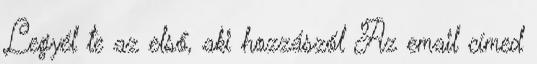
Legyél te az első, aki hozzászól Az email címed